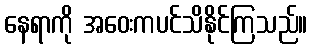
နေရာကို အဝေးကပင်သိနိုင်ကြသည်။